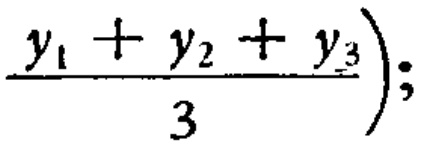
$\frac{y_{1}+y_{2}+y_{3}}{3});$